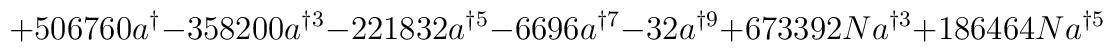
+506760a^{\dag }-358200a^{\dag 3}-221832a^{\dag 5}-6696a^{\dag 7}-32a^{\dag 9}+673392Na^{\dag 3}+186464Na^{\dag 5}